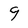
Character: 9